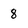
Character: 8